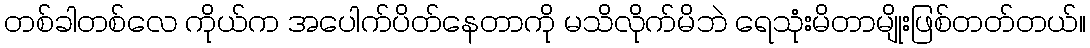
တစ်ခါတစ်လေ ကိုယ်က အပေါက်ပိတ်နေတာကို မသိလိုက်မိဘဲ ရေသုံးမိတာမျိုးဖြစ်တတ်တယ်။